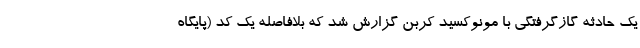
یک حادثه گازگرفتگی با مونوکسید کربن گزارش شد که بلافاصله یک کد (پایگاه